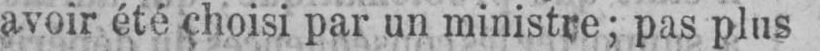
avoir été choisi par un ministre; pas plus